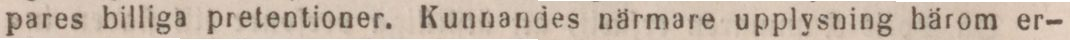
pares billiga pretentioner. Kunnandes närmare upplysning härom er-